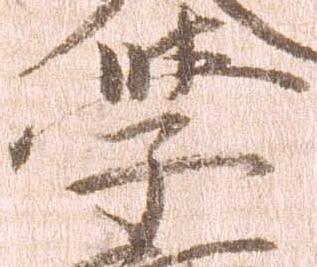
学